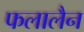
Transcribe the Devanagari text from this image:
फलालैन